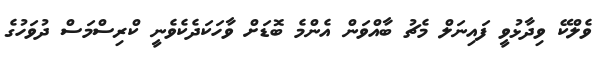
ވެލްކޭ ވިދާޅުވީ ފައިނަލް މެޗު ބާއްވަން އެންމެ ބޮޑަށް ވާހަކަދެކެވެނީ ކްރިސްމަސް ދުވަހުގެ